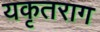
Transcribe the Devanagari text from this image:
यकृतराग